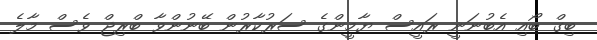
ބިގް ބޯއި އެބުނަނީ ރައީސް ޔާމީންގެ ސަރުކާރުން ބޭނުންވާ ބްރިޖް ވެސް މާލެ